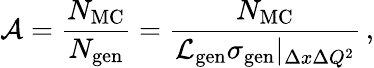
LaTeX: {\cal A}=\frac{N_{\mathrm{MC}}}{N_{\mathrm{gen}}}=\frac{N_{\mathrm{MC}}}{{\cal L}_{\mathrm{gen}}\sigma_{\mathrm{gen}}|_{\Delta x\Delta Q^{2}}}\, ,